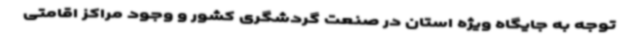
توجه به جایگاه ویژه استان در صنعت گردشگری کشور و وجود مراکز اقامتی